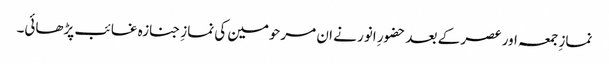
نمازِ جمعہ اور عصر کے بعد حضورِ انور نے ان مرحومین کی نمازِ جنازہ غائب پڑھائی۔